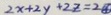
2 x + 2 y + 2 z = 2 \textcircled { 4 }